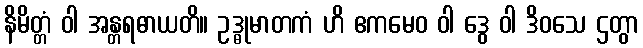
နိမိတ္တံ ဝါ အန္တရဓာယတိ။ ဥဒ္ဓုမာတကံ ဟိ ဧကမေဝ ဝါ ဒွေ ဝါ ဒိဝသေ ဌတွာ